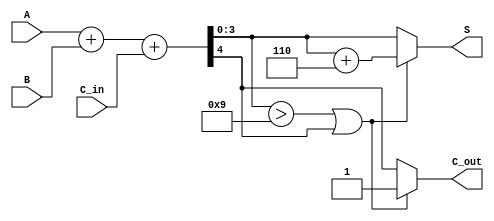
module BCD_Fast_Adder (
    input  wire [3:0] A,      // First BCD digit
    input  wire [3:0] B,      // Second BCD digit
    input  wire C_in,         // Carry-in
    output reg  [3:0] S,      // Resultant BCD sum
    output reg  C_out         // Carry-out
);

    // Internal signals
    wire [4:0] Sum;           // 5-bit sum output
    wire correction_needed;    // Correction flag

    // Binary addition of A, B and C_in
    assign Sum = A + B + C_in;

    // Determine if a correction is needed
    assign correction_needed = (Sum[3:0] > 9) || (Sum[4] == 1);

    always @(*) begin
        if (correction_needed) begin
            // If correction is needed, add 6 (0110) to the sum
            S = Sum[3:0] + 4'b0110; // Add 6 for BCD correction
            C_out = 1;              // Set carry-out
        end else begin
            S = Sum[3:0];           // No correction needed
            C_out = Sum[4];         // Carry-out from the initial sum
        end
    end

endmodule